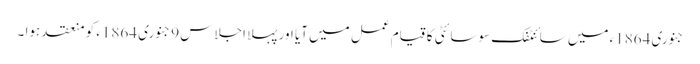
جنوری 1864ء میں سائنٹفک سوسائٹی کا قیام عمل میں آیا اور پہلا اجلاس 9 جنوری 1864ء کو منعقد ہوا ۔